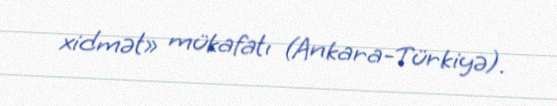
xidmət» mükafatı (Ankara-Türkiyə).